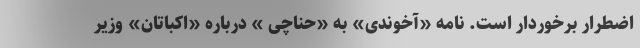
اضطرار برخوردار است. نامه «آخوندی» به «حناچی » درباره «اکباتان» وزیر